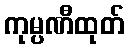
ကုမ္ပဏီထုတ်